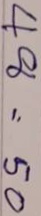
48 = 50